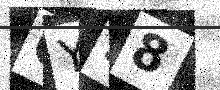
Text: OYS8